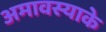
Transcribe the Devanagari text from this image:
अमावस्याके